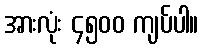
အားလုံး ၄၅၀၀ ကျပ်ပါ။